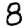
Digit: 8